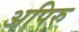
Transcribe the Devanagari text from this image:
अपिरु